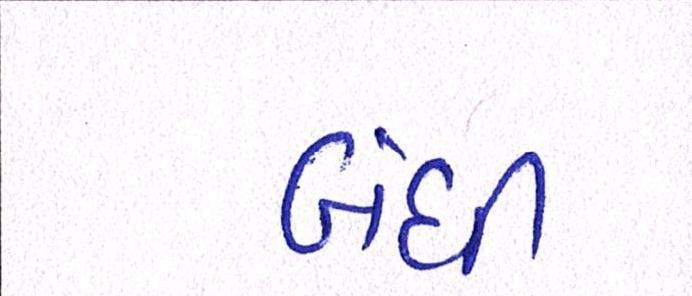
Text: બંધી